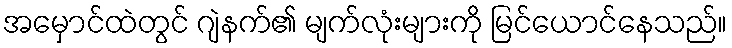
အမှောင်ထဲတွင် ဂျဲနက်၏ မျက်လုံးများကို မြင်ယောင်နေသည်။